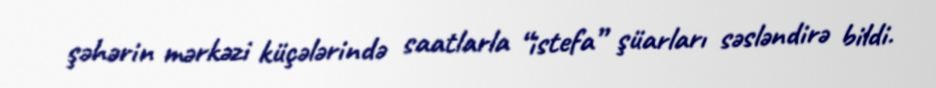
şəhərin mərkəzi küçələrində saatlarla “istefa” şüarları səsləndirə bildi.